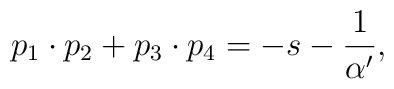
p_{1}\cdot p_{2}+p_{3}\cdot p_{4}=-s-\frac{1}{\alpha^{\prime}},